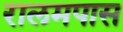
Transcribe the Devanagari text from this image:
रालमपास